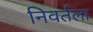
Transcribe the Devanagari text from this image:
निवर्तला